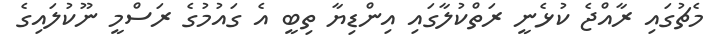
މެޗުގައި ރާއްޖެ ކުޅެނީ ރަތްކުލާގައި އިންޑިޔާ ތިބީ އެ ގައުމުގެ ރަސްމީ ނޫކުލައިގެ